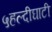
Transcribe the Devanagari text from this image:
५हल्दीघाटी